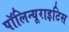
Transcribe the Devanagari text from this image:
पॉलिन्यूराइटिस